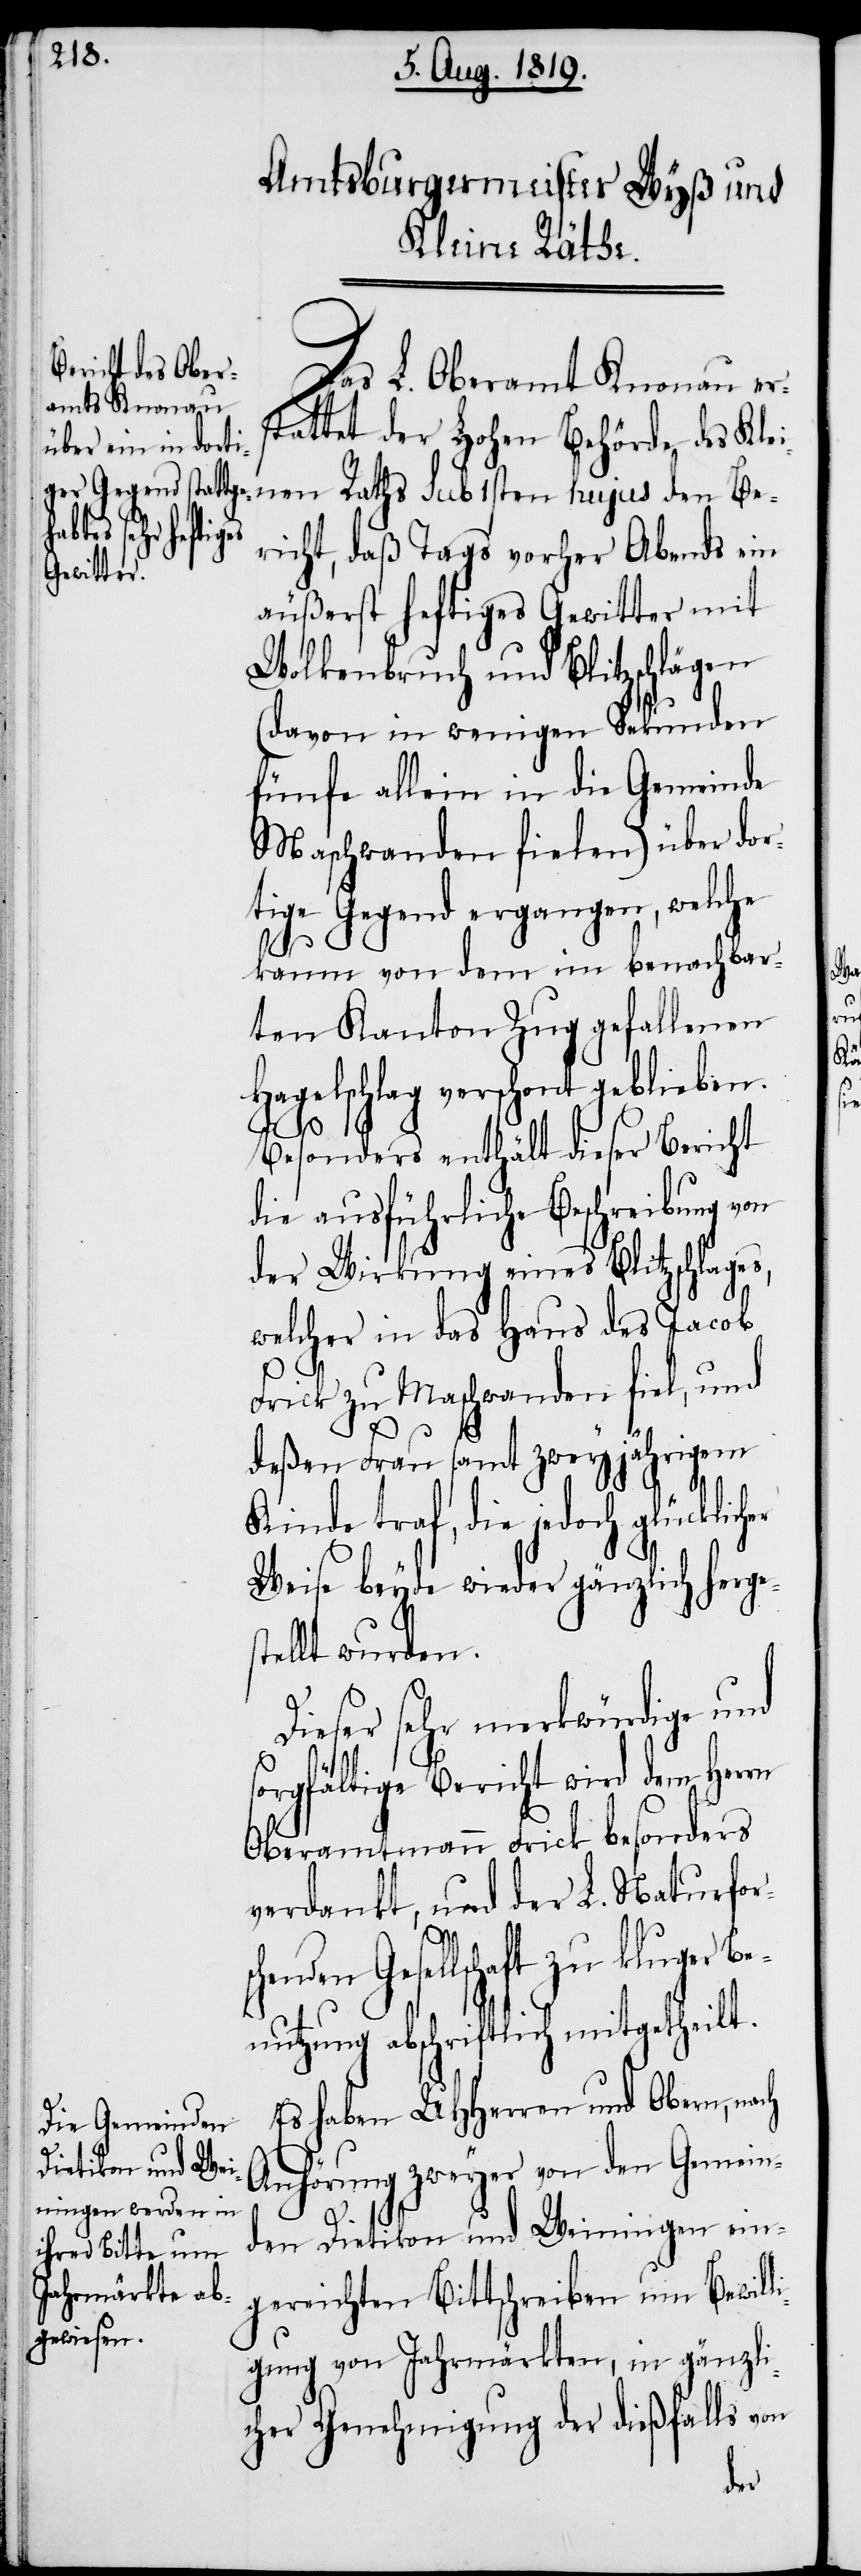
Das L. Oberamt Knonau er¬
stattet der L. hohen Behörde des Klei¬
richt, daß Tags vorher Abends ein
äußerst heftiges Gewitter mit
Wolkenbruch und Blitzschlägen
(davon in wenigen Sekunden
fünfe allein in die Gemeinde
Maschwanden fielen) über dor¬
tige Gegend ergangen, welche
s¬
kaum von dem im benachbar¬
ten Kanton Zug gefallenen
Hagelschlag verschont geblieben.
Besonders enthält dieser Bericht
die ausführliche Beschreibung von
der Wirkung eines Blitzschlage¬
welcher in das Haus des Jacob
Frick zu Maschwanden fiel, und
deßen Frau samt zweyjährigem
Kinde traf, die jedoch glücklic¬
Weise beyde wieder gänzlich herge¬
stellt wurden.
Dieser sehr merkwürdige und
orgfältige Bericht wird dem Herrn
Oberamtmann Frick besonders
verdankt, und der L. Naturfor¬
chenden Gesellschaft zu kluger Be¬
nutzung abschriftlich mitgetheilt.
Es haben UHHerren und Obern, nach
Anhörung zweyer von den Gemein¬
Be¬
den Dietikon und Weiningen ein¬
gereichten Bittschreiben um Bewill¬
igung von Jahrmärkten, in gänzli¬
cher Genehmigung der dießfalls von
her